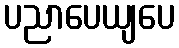
ပညာပေယျပေ